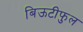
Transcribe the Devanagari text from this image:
बिऊटीफुल